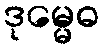
ဒုမ္မေဓ